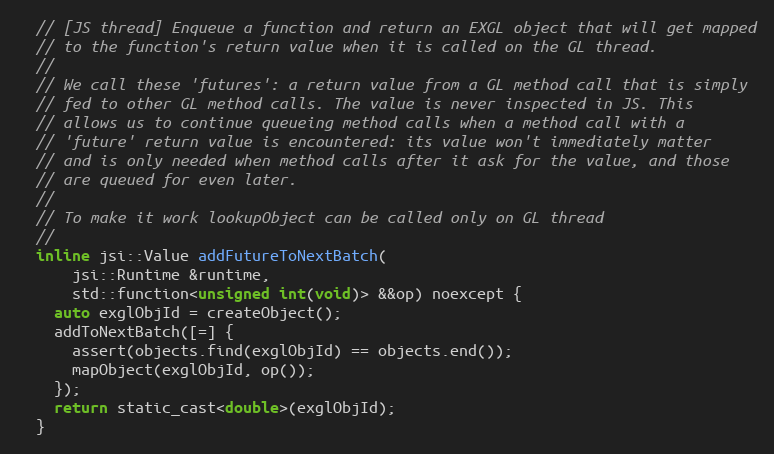
Language: C
  // [JS thread] Enqueue a function and return an EXGL object that will get mapped
  // to the function's return value when it is called on the GL thread.
  //
  // We call these 'futures': a return value from a GL method call that is simply
  // fed to other GL method calls. The value is never inspected in JS. This
  // allows us to continue queueing method calls when a method call with a
  // 'future' return value is encountered: its value won't immediately matter
  // and is only needed when method calls after it ask for the value, and those
  // are queued for even later.
  //
  // To make it work lookupObject can be called only on GL thread
  //
  inline jsi::Value addFutureToNextBatch(
      jsi::Runtime &runtime,
      std::function<unsigned int(void)> &&op) noexcept {
    auto exglObjId = createObject();
    addToNextBatch([=] {
      assert(objects.find(exglObjId) == objects.end());
      mapObject(exglObjId, op());
    });
    return static_cast<double>(exglObjId);
  }